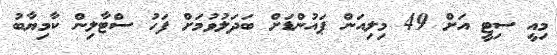
މިއީ ސިޓީ އަށް 49 މިލިއަން ޕައުންޑަށް ބަަދަލުވުމަށް ފަހު ސްޓާލިން ކާމިޔާބު